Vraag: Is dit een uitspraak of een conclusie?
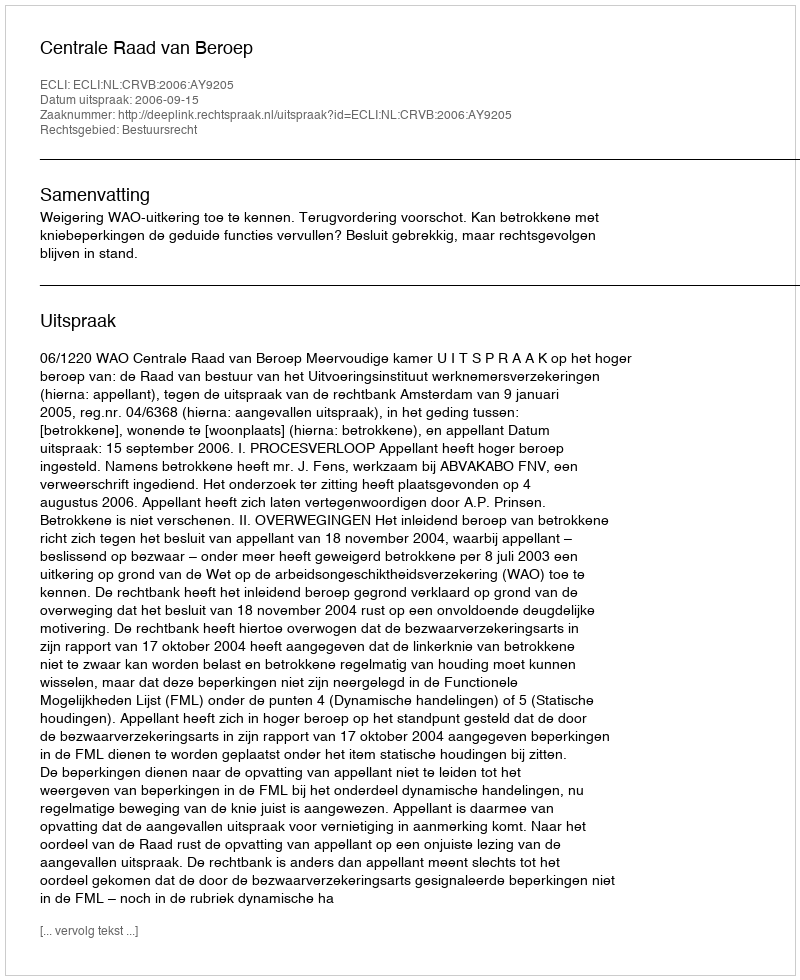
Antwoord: Uitspraak